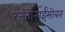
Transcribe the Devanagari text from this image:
रजनीताईंसोबत